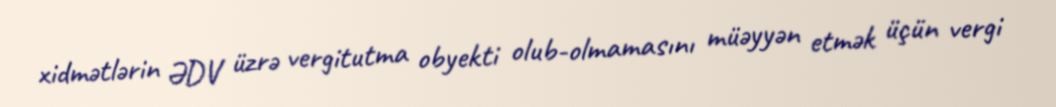
xidmətlərin ƏDV üzrə vergitutma obyekti olub-olmamasını müəyyən etmək üçün vergi